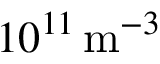
1 0 ^ { 1 1 } \, \mathrm m ^ { - 3 }